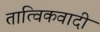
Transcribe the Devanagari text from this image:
तात्विकवादी